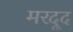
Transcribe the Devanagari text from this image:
मरदूद